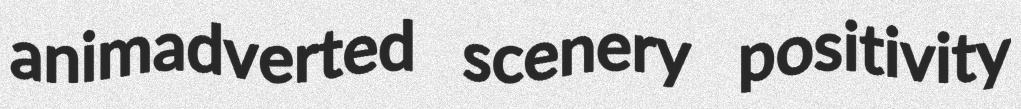
animadverted scenery positivity